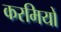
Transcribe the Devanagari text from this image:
करमियों